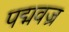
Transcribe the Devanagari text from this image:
पद्मवज्र